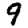
Digit: 9